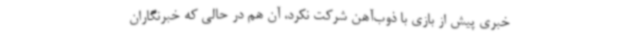
خبری پیش از بازی با ذوب‌آهن شرکت نکرد، آن هم در حالی که خبرنگاران